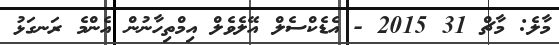
މާލެ: މާޗް 31 2015 - އެޑެކްސެލް އޭލެވެލް އިމްތިހާނުން އެންމެ ރަނގަޅު